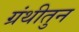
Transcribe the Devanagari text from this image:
ग्रंथीतुन